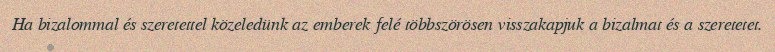
Ha bizalommal és szeretettel közeledünk az emberek felé többszörösen visszakapjuk a bizalmat és a szeretetet.